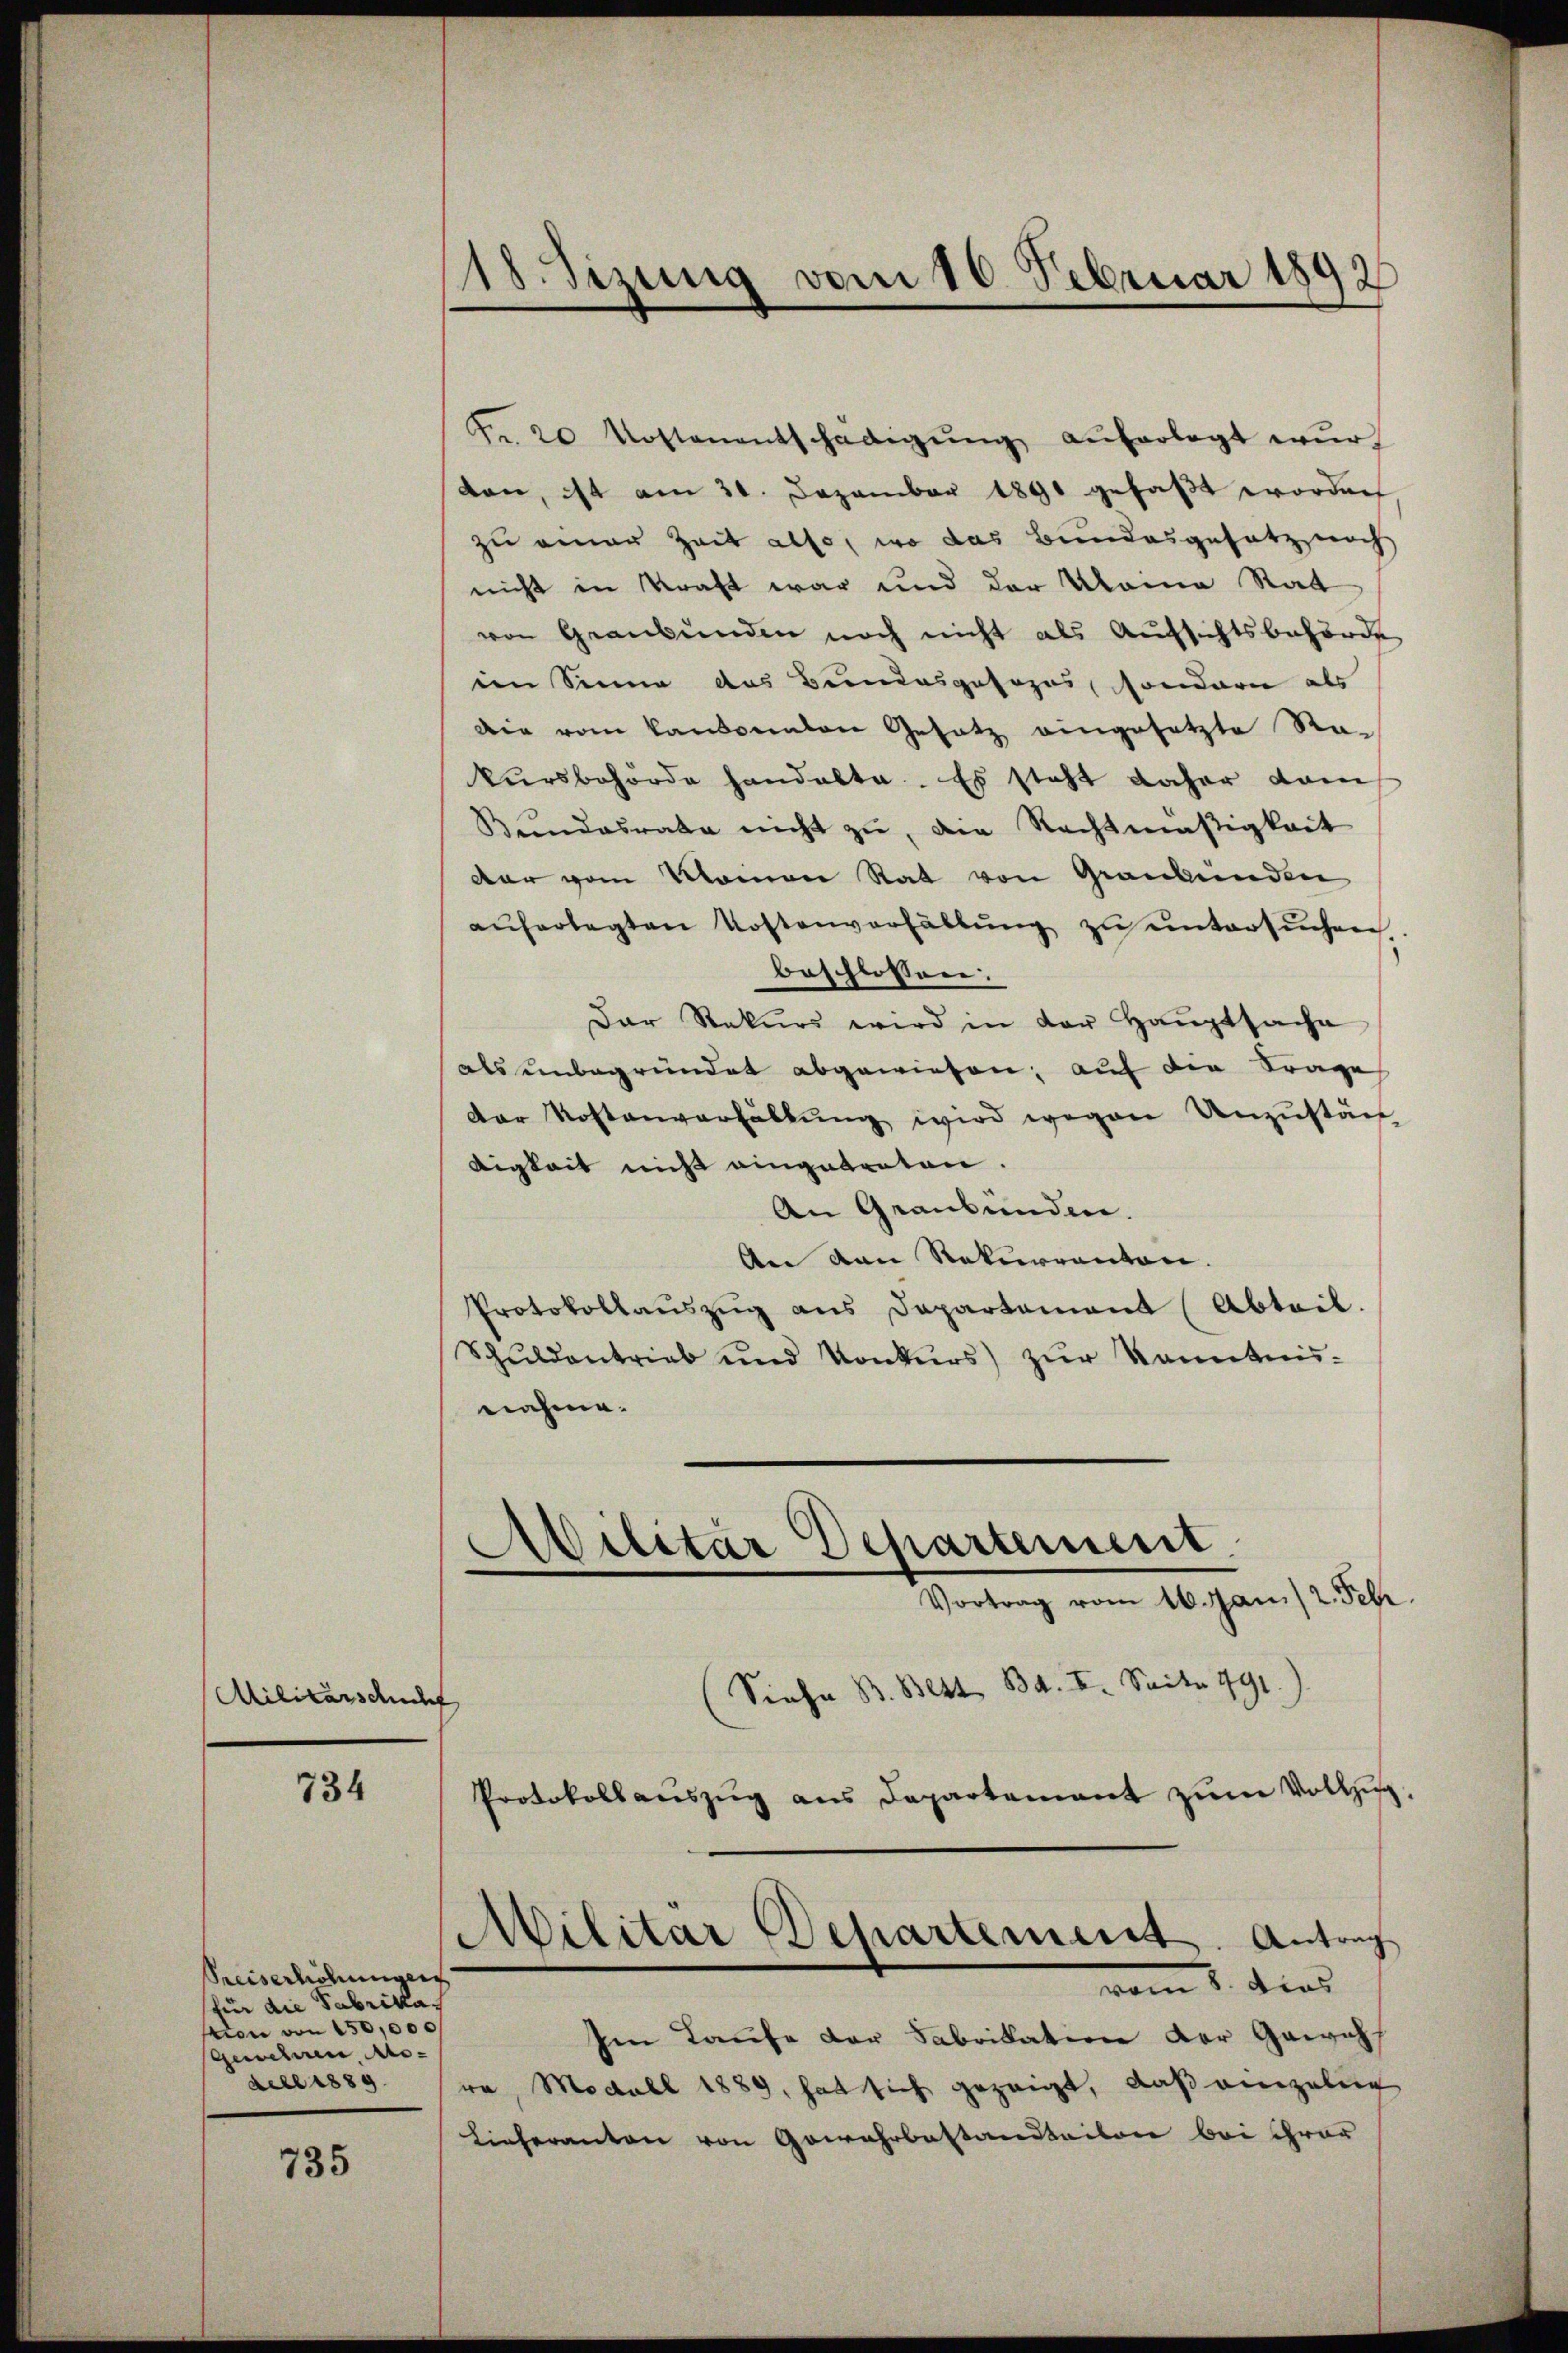
Militärschicht

734

735

18. Sizung vom 10. Februar 1892

Preiserlichungens
für die Fabrikastion von 150,000
Gewehren Mo-

Fr. 20 Kostenentschädigŭng auferlegt wŭr
don, ist am 20. Dezember 1891 gefaßt worden
zu einer Zeit also, wo das Bundesgesetz noch
nicht in Kraft war und der Meine Rat
von Graubünden noch nicht als Aufsichtsbehörde
ien Sinne das Bundesposozus, sondere als
Die vom Kantonalen Gesatz eingesetzte Rakŭrsbehörde handelte. Es steht daher dam
Bundesrate nicht zŭ, die Rechtmäßigkeit
dar vom Mainen Rat von Graubünden
aŭferlegten Kostenverhältŭng zŭ ŭntersŭchen
beschlossen:
Dar Rekŭrs wird in der Haŭptsache
als unbegründet abgewiesen, auf die Frage
Der Kostenverhaltung wird wegen Unzustän
digkeit nicht eingetreten.
An Graubünden.
An von Rekurrenten. |
Protokollauszug aus Departement (Abteil.
Schuldentrieb und Konkŭrs) zŭr kanntnis-
nahme.
Militar Departement.
Vortrag vom 16. Jani/ 2. Febr
(Siehe B. Bett Bd. II. Seite 791.
Protokollaŭszŭg ans Departement zŭm Vollzug.
Militär Departement. Antrag
vom 1. dies
Im Laufe der Fabrikation der Gewichs
dell 1889 sra Modull 1889, hat sich gezeigt, daß einzelig
Lieferanton von Gewahrbastandteilen bei ihrer